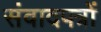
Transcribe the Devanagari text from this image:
संवादपत्रों